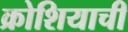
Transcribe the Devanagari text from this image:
क्रोशियाची